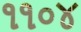
૧૧૦૪